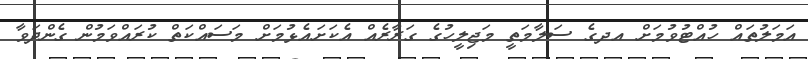
އަމަލުތައް ހުއްޓުވުމަށް އދގެ ސަލާމަތީ މަޖިލީހުގެ ގަރާރެއް އެކަށައެޅުމަށް މަސައްކަތް ކުރައްވަމުން ގެންދަވާ